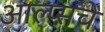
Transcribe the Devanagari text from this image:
आल्प्सचे